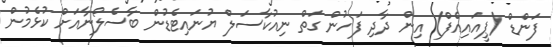
ފަންޑް (ޕީއައިއެފް) އިން ދާދި ފަހުން ގަތް ނިއުކާސަލް ޔުނައިޓެޑުން ބާސެލޯނާއަށް ކުޅެމުން